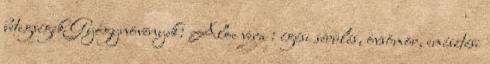
betegségek Gyógynövények: Aloe vera : égési sérülés, övsömör, emésztési